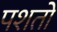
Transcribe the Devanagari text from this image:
पशतो